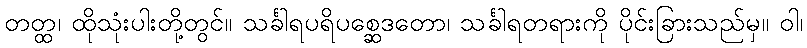
တတ္ထ၊ ထိုသုံးပါးတို့တွင်။ သင်္ခါရပရိပစ္ဆေဒတော၊ သင်္ခါရတရားကို ပိုင်းခြားသည်မှ။ ဝါ၊